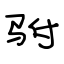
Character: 驸